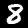
Digit: 8